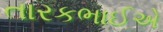
તારકભાઈએ